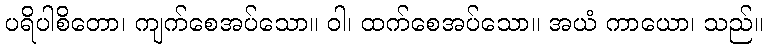
ပရိပါစိတော၊ ကျက်စေအပ်သော။ ဝါ၊ ထက်စေအပ်သော။ အယံ ကာယော၊ သည်။